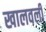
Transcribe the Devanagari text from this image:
खालवली